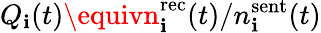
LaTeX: Q_{\mathbf{i}}(t)\equivn_{\mathbf{i}}^{\mathrm{{rec}}}(t)/n_{\mathbf{i}}^{\mathrm{{sent}}}(t)